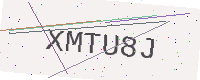
Text: XMTU8J